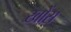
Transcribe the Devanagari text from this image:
खोंस